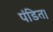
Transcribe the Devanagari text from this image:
पंडित।